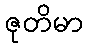
ဇုတိမာ